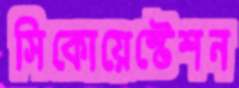
সিকোয়েস্টেশন